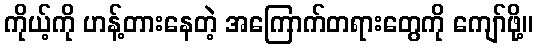
ကိုယ့်ကို ဟန့်တားနေတဲ့ အကြောက်တရားတွေကို ကျော်ဖို့။